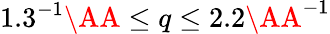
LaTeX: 1.3^{-1}\AA\leq q\leq 2.2\AA^{-1}